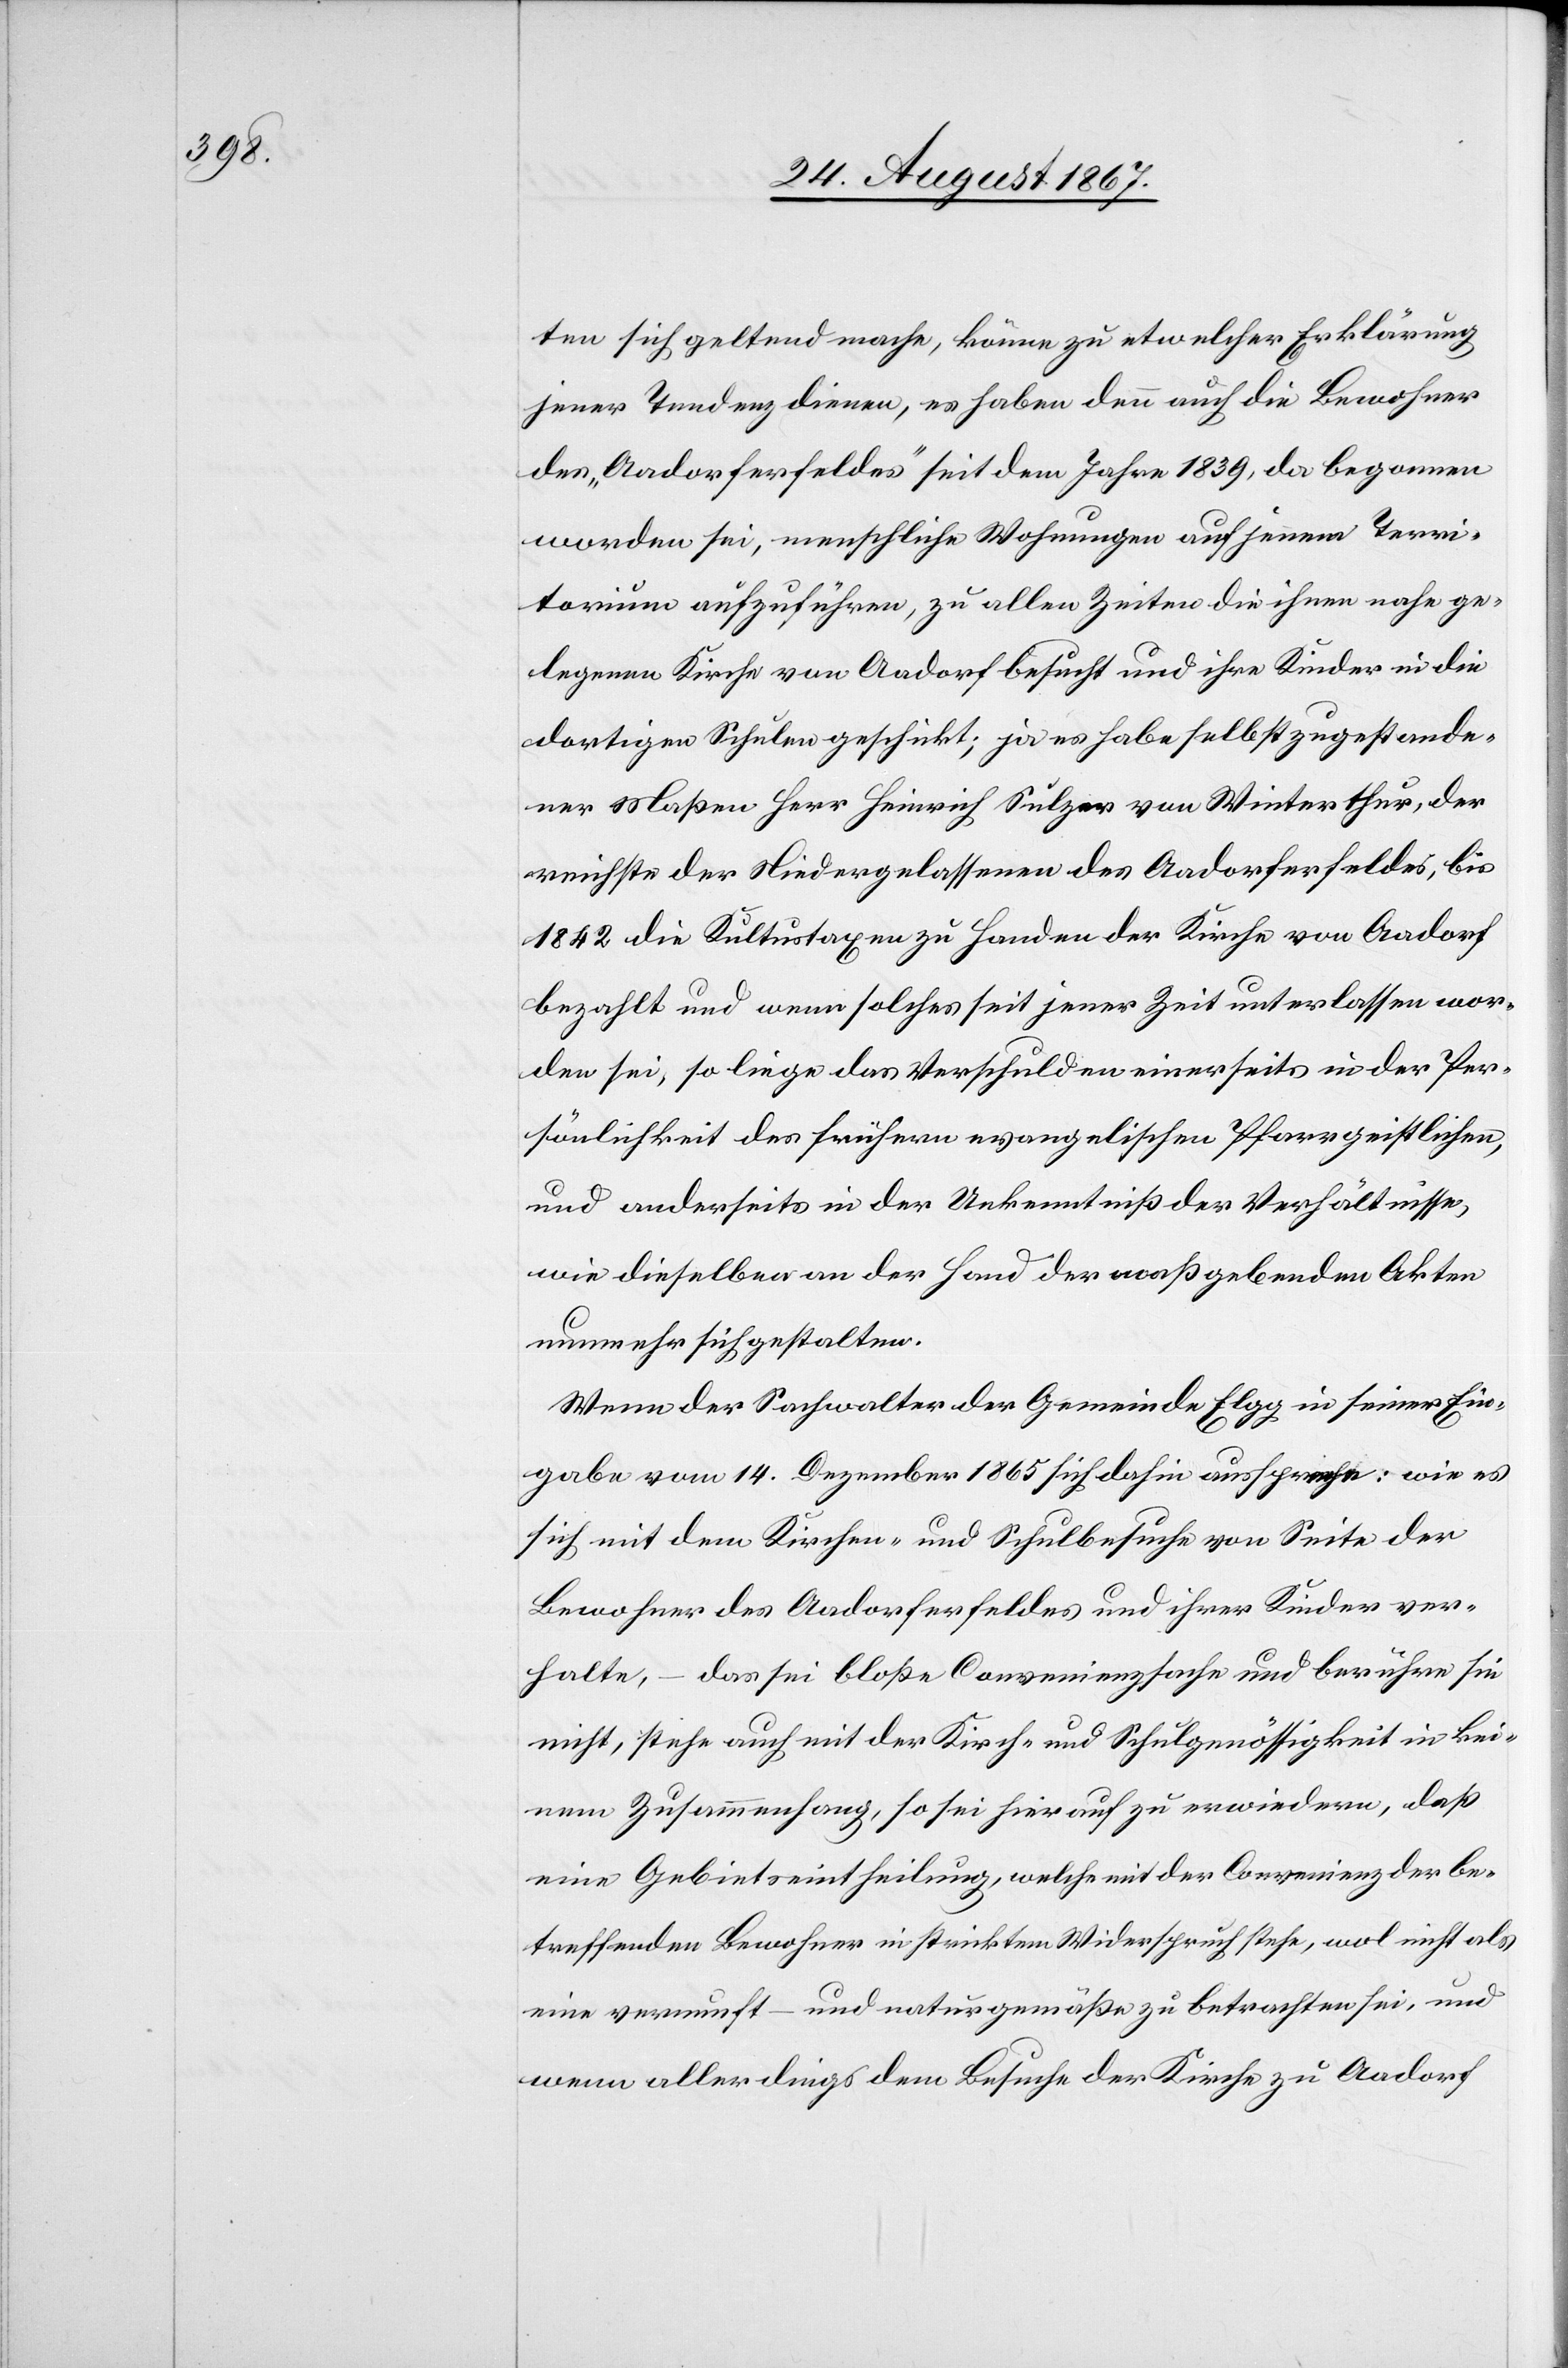
ten sich geltend mache, könne zu etwelcher Erklärung
jener Tendenz dienen, es haben denn auch die Bewohner
des „Aadorferfeldes“ seit dem Jahre 1839, da begonnen
worden sei, menschliche Wohnungen auf jenem Terri¬
torium aufzuführen, zu allen Zeiten die ihnen nahe ge¬
legene Kirche von Aadorf besucht und ihre Kinder in die
dortigen Schulen geschickt; ja es habe selbst zugestande¬
ner Maßen Herr Heinrich Sulzer von Winterthur, der
reichste der Niedergelassenen des Aadorferfeldes, bis
1842 die Kultustaxen zu Handen der Kirche von Aadorf
bezahlt und wenn solches seit jener Zeit unterlassen wor¬
den sei, so liege das Verschulden einerseits in der Per¬
sönlichkeit des frühern evangelischen Pfarrgeistlichen,
und anderseits in der Unkenntniß der Verhältnisse,
wie dieselben an der Hand der maßgebenden Akten
nunmehr sich gestalten.
Wenn der Sachwalter der Gemeinde Elgg in seiner Ein¬
gabe vom 14. Dezember 1865 sich dahin ausspreche: wie es
sich mit dem Kirchen- und Schulbesuche von Seite der
Bewohner des Aadorferfeldes und ihrer Kinder ver¬
halte, – das sei bloße Convenienzsache und berühre sie
nicht, stehe auch mit der Kirch- und Schulgenössigkeit in kei¬
nem Zusammenhang, so sei hierauf zu erwiedern, daß
eine Gebietseintheilung, welche mit der Convenienz der be¬
treffenden Bewohner in stricktem Widerspruch stehe, wol nicht als
eine vernunft- und naturgemäße zu betrachten sei, und
wenn allerdings dem Besuche der Kirche zu Aadorf